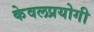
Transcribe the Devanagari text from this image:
केवलप्रयोगी